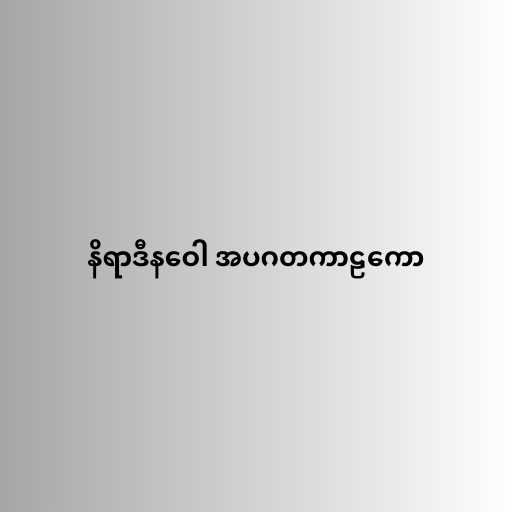
နိရာဒီနဝေါ အပဂတကာဠကော